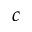
c